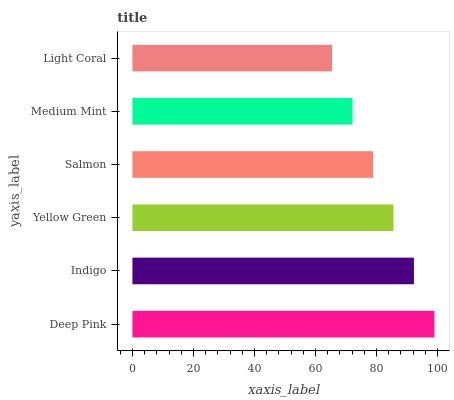
| yaxis_label | bars |
 | --- | --- |
 | Deep Pink | 99 |
 | Indigo | 92.3 |
 | Yellow Green | 85.6 |
 | Salmon | 78.9 |
 | Medium Mint | 72.2 |
 | Light Coral | 65.5 |